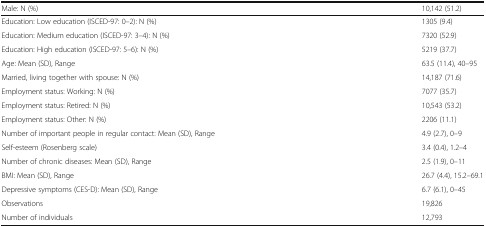
| Male: N (%) | 10,142 (51.2) |
 | --- | --- |
 | Education: Low education (ISCED-97: 0–2): N (%) | 1305 (9.4) |
 | Education: Medium education (ISCED-97: 3–4): N (%) | 7320 (52.9) |
 | Education: High education (ISCED-97: 5–6): N (%) | 5219 (37.7) |
 | Age: Mean (SD), Range | 63.5 (11.4), 40–95 |
 | Married, living together with spouse: N (%) | 14,187 (71.6) |
 | Employment status: Working: N (%) | 7077 (35.7) |
 | Employment status: Retired: N (%) | 10,543 (53.2) |
 | Employment status: Other: N (%) | 2206 (11.1) |
 | Number of important people in regular contact: Mean (SD), Range | 4.9 (2.7), 0–9 |
 | Self-esteem (Rosenberg scale) | 3.4 (0.4), 1.2–4 |
 | Number of chronic diseases: Mean (SD), Range | 2.5 (1.9), 0–11 |
 | BMI: Mean (SD), Range | 26.7 (4.4), 15.2–69.1 |
 | Depressive symptoms (CES-D): Mean (SD), Range | 6.7 (6.1), 0–45 |
 | Observations | 19,826 |
 | Number of individuals | 12,793 |